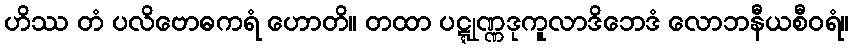
ဟိဿ တံ ပလိဗောဓကရံ ဟောတိ။ တထာ ပဋ္ဋုဏ္ဏဒုကူလာဒိဘေဒံ လောဘနီယစီဝရံ။